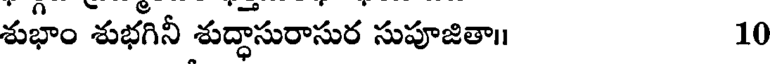
శుభాం శుభగినీ శుద్ధాసురాసుర సుపూజితా॥ 10